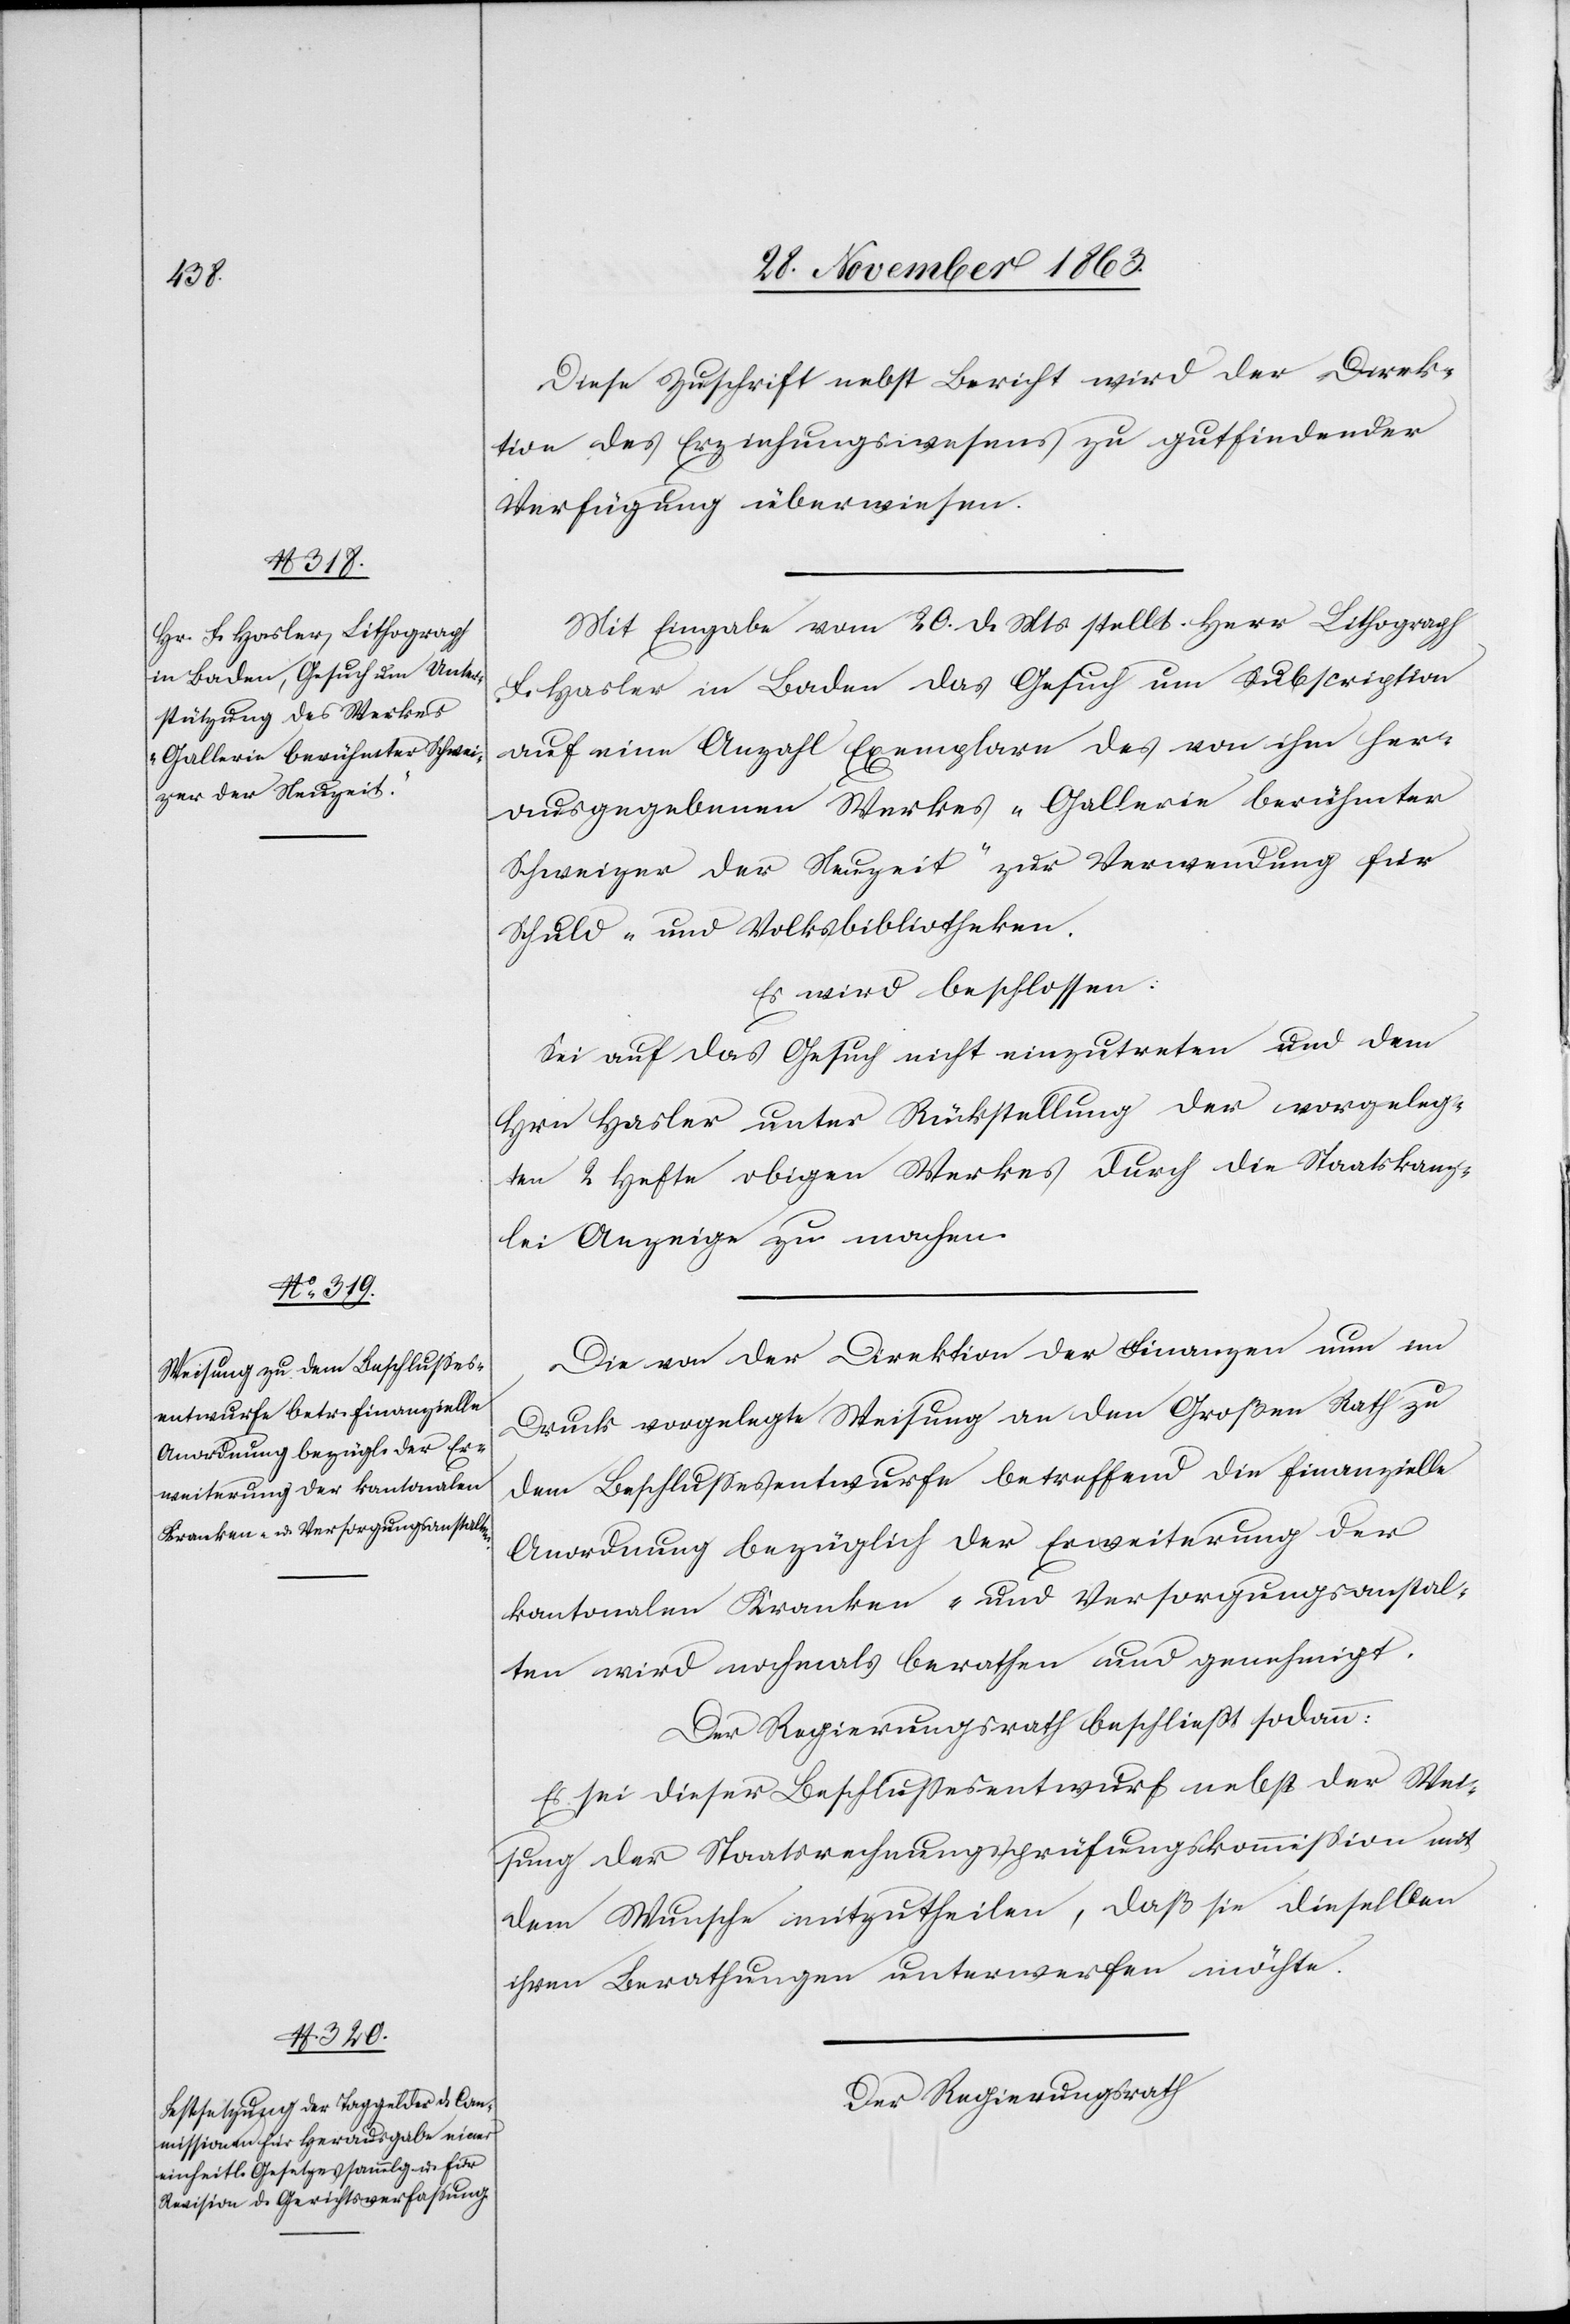
Diese Zuschrift nebst Bericht wird der Direk¬
tion des Erziehungswesens zu gutfindender
Verfügung überwiesen.
Mit Eingabe vom 20. d. Mts. stellt Herr Lithograph
F. Hasler in Baden das Gesuch um Subscription
auf eine Anzahl Exemplare des von ihm her¬
ausgegebenen Werkes „Gallerie berühmter
Schweizer der Neuzeit“ zur Verwendung für
Schuld- [sic!] und Volksbibliotheken.
Es wird beschlossen:
Sei auf das Gesuch nicht einzutreten und dem
Hrn Hasler unter Rückstellung der vorgeleg¬
ten 2 Hefte obigen Werkes durch die Staatskanz¬
lei Anzeige zu machen.
Die von der Direktion der Finanzen nun im
Druck vorgelegte Weisung an den Großen Rath zu
dem Beschlussesentwurfe betreffend die finanzielle
Anordnung bezüglich der Erweiterung der
kantonalen Kranken- und Versorgungsanstal¬
ten wird nochmals berathen und genehmigt.
Der Regierungsrath beschließt sodann:
Es sei dieser Beschlussesentwurf nebst der Wei¬
sung der Staatsrechnungsprüfungskommission mit
dem Wunsche mitzutheilen, daß sie dieselben
ihren Berathungen unterwerfen möchte.
Der Regierungsrath